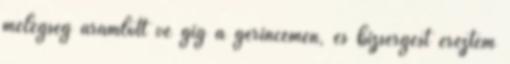
melegség áramlott vé gig a gerincemen, és bizsergést éreztem